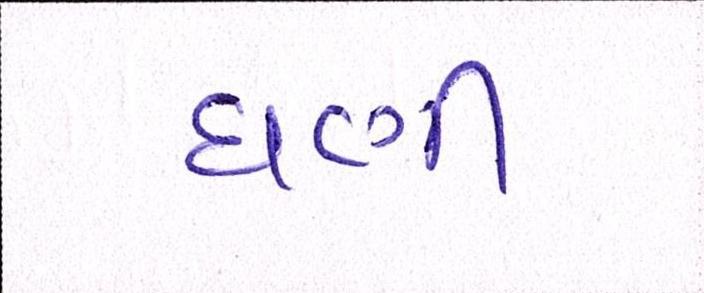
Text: ઘણી